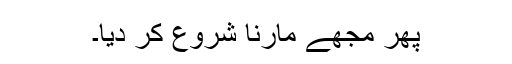
پھر مجھے مارنا شروع کر دیا۔